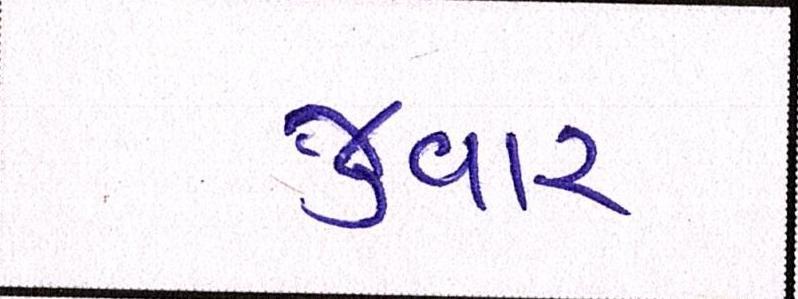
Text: જુવાર